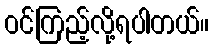
ဝင်ကြည့်လို့ရပါတယ်။